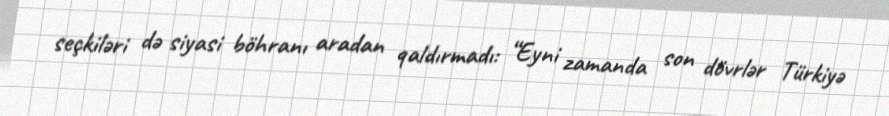
seçkiləri də siyasi böhranı aradan qaldırmadı: “Eyni zamanda son dövrlər Türkiyə